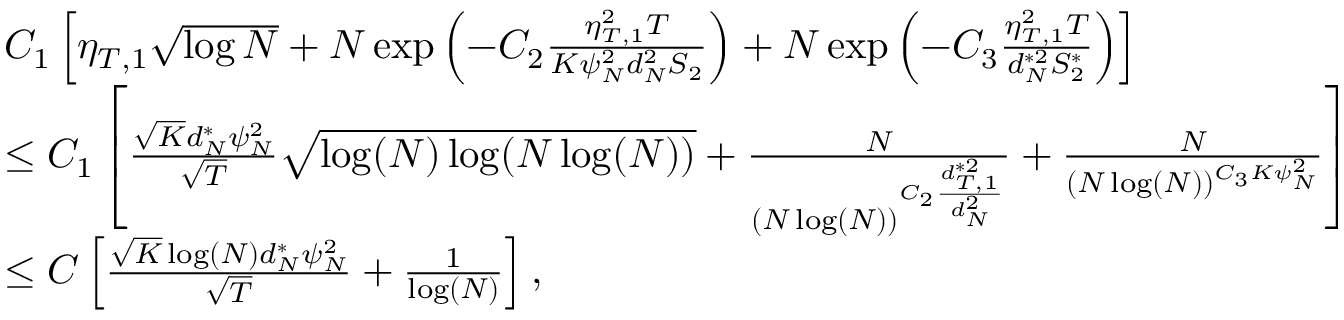
\begin{array} { r l } & { C _ { 1 } \left[ \eta _ { T , 1 } \sqrt { \log { N } } + N \exp \left( - C _ { 2 } \frac { \eta _ { T , 1 } ^ { 2 } T } { K \psi _ { N } ^ { 2 } d _ { N } ^ { 2 } S _ { 2 } } \right) + N \exp \left( - C _ { 3 } \frac { \eta _ { T , 1 } ^ { 2 } T } { d _ { N } ^ { * 2 } S _ { 2 } ^ { * } } \right) \right] } \\ & { \leq C _ { 1 } \left[ \frac { \sqrt { K } d _ { N } ^ { * } \psi _ { N } ^ { 2 } } { \sqrt { T } } \sqrt { \log ( N ) \log ( N \log ( N ) ) } + \frac { N } { ( N \log ( N ) ) ^ { C _ { 2 } \frac { d _ { T , 1 } ^ { * 2 } } { d _ { N } ^ { 2 } } } } + \frac { N } { ( N \log ( N ) ) ^ { C _ { 3 } K \psi _ { N } ^ { 2 } } } \right] } \\ & { \leq C \left[ \frac { \sqrt { K } \log ( N ) d _ { N } ^ { * } \psi _ { N } ^ { 2 } } { \sqrt { T } } + \frac { 1 } { \log ( N ) } \right] , } \end{array}